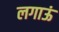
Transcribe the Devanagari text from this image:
लगाऊं